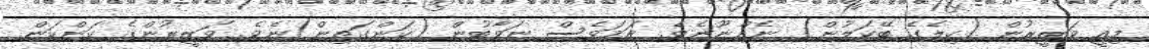
މިއީ ވަޒީރުން (ކިލެގެ ބޭކަލުން) ނެއްނޫނެވެ. ނަމަވެސް ނަވާބުން (ކަންގަތިން)ނެވެ. ވަޒީރުންގެ ކަންކަން